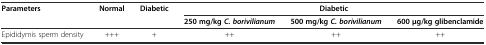
| <ROWSPAN=2> Parameters | <ROWSPAN=2> Normal | <ROWSPAN=2> Diabetic | <COLSPAN=3> Diabetic |
 | 250 mg/kg C. borivilianum | 500 mg/kg C. borivilianum | 600 μg/kg glibenclamide |
 | --- | --- | --- | --- | --- | --- |
 | Epididymis sperm density | +++ | + | ++ | ++ | ++ |